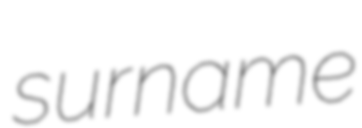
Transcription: surname